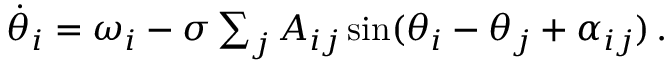
\begin{array} { r } { \Dot { \theta } _ { i } = \omega _ { i } - \sigma \sum _ { j } A _ { i j } \sin ( \theta _ { i } - \theta _ { j } + \alpha _ { i j } ) \, . } \end{array}